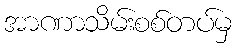
အာဏာသိမ်းစစ်တပ်မှ